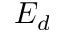
E _ { d }